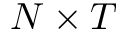
N \times T